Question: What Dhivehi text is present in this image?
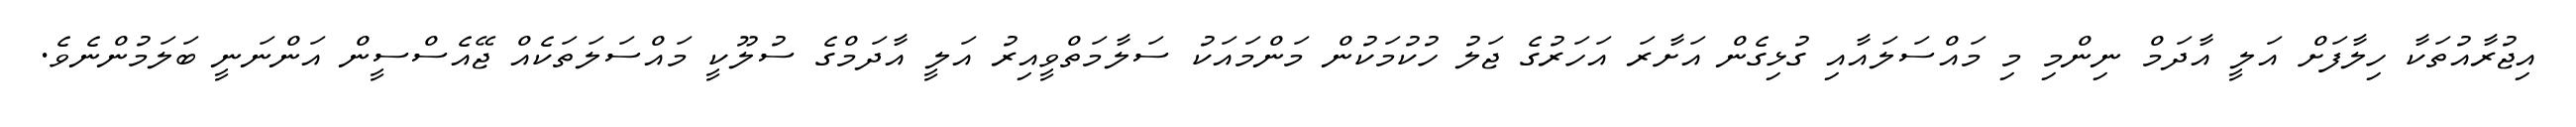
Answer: އިޖުރާއުތަކާ ހިލާފަށް އަލީ އާދަމް ނިންމި މި މައްސަލައާއި ގުޅިގެން އަށާރަ އަހަރުގެ ޖަލު ހުކުމަކުން މަންމައަކު ސަލާމަތްވީއިރު އަލީ އާދަމްގެ ސުލޫކީ މައްސަލަތަކެއް ޖޭއެސްސީން އަންނަނީ ބަލަމުންނެވެ.